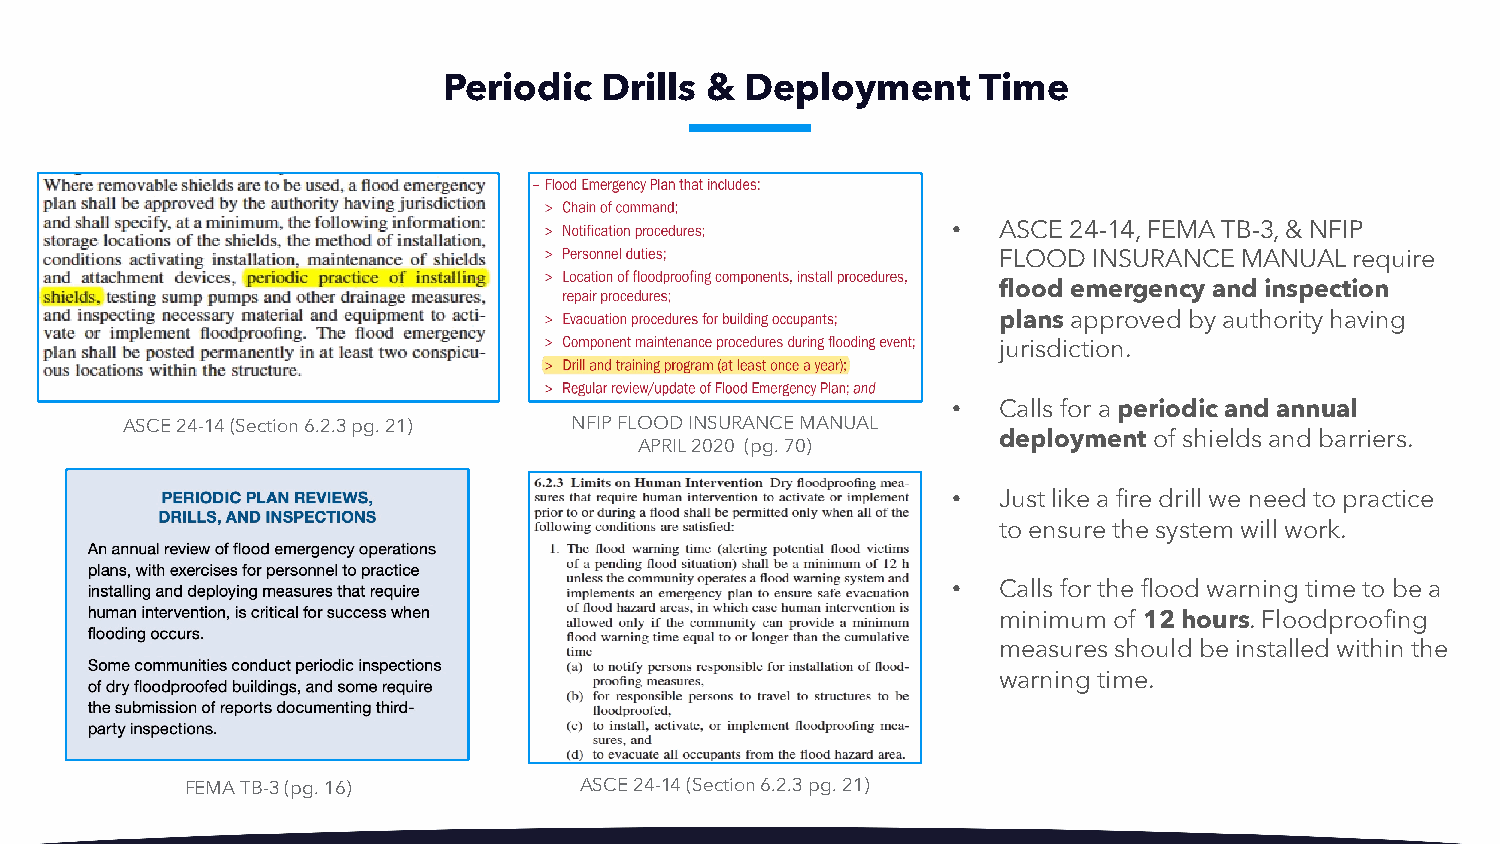
Periodic   Drills & Deployment      Time
 •  ASCE 24-14, FEMA TB-3, & NFIP
 FLOOD INSURANCE MANUAL  require
 flood emergency and inspection
 plans approved by authority having
 jurisdiction.
 •  Calls for a periodic and annual
 ASCE 24-14 (Section 6.2.3 pg. 21) NFIP FLOOD INSURANCE MANUAL
 deployment of shields and barriers.
 APRIL 2020 (pg. 70)
 •  Just like a fire drill we need to practice
 to ensure the system will work.
 •  Calls for the flood warning time to be a
 minimum of 12 hours. Floodproofing
 measures should be installed within the
 warning time.
 FEMA TB-3 (pg. 16)        ASCE 24-14 (Section 6.2.3 pg. 21)